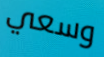
وسعي